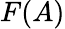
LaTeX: F(A)